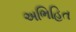
અભિહિત